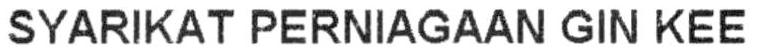
SYARIKAT PERNIAGAAN GIN KEE